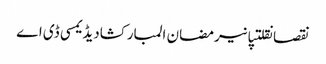
نقصانقلتپانیرمضان المبارکشادیڈیمسی ڈی اے